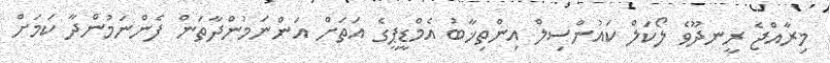
މިރާއްޖެ ރީނދޫވެ ލޯކަލް ކައުންސިލް އިންތިޚާބު އެމްޑީޕީގެ އަތަށް އަންނަމުންދާތަން ފެންނަމުންދާ ކަމަށް